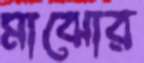
মাঝোর